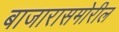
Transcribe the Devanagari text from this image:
बाजारासमोरील